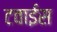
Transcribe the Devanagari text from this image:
टवाईस